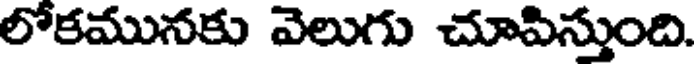
లోకమునకు వెలుగు చూపిస్తుంది.